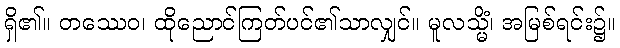
ရှိ၏။ တဿေဝ၊ ထိုညောင်ကြတ်ပင်၏သာလျှင်။ မူလသ္မိံ၊ အမြစ်ရင်း၌။